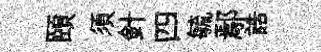
頤須針四毓鄢誥